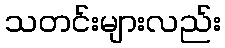
သတင်းများလည်း